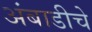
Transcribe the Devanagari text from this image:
अंबाडीचे